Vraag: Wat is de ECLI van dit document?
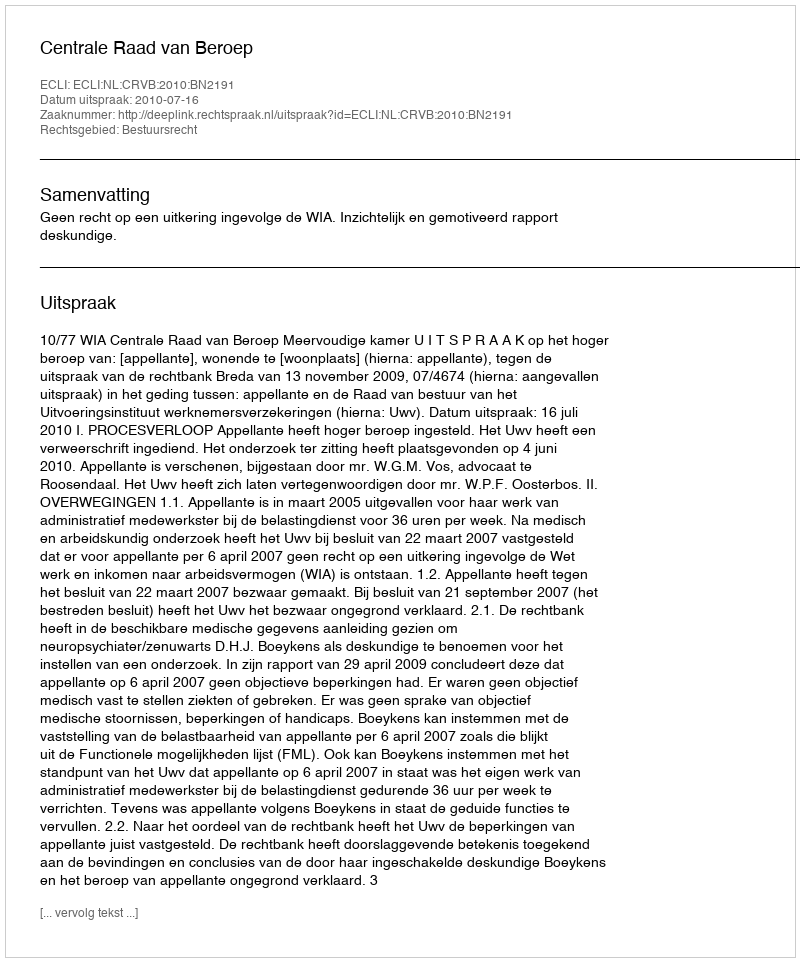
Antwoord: ECLI:NL:CRVB:2010:BN2191